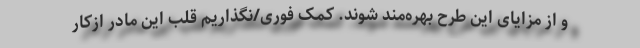
و از مزایای این طرح بهره‌مند شوند. کمک فوری/نگذاریم قلب این مادر ازکار